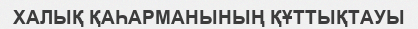
ХАЛЫҚ ҚАҺАРМАНЫНЫҢ ҚҰТТЫҚТАУЫ